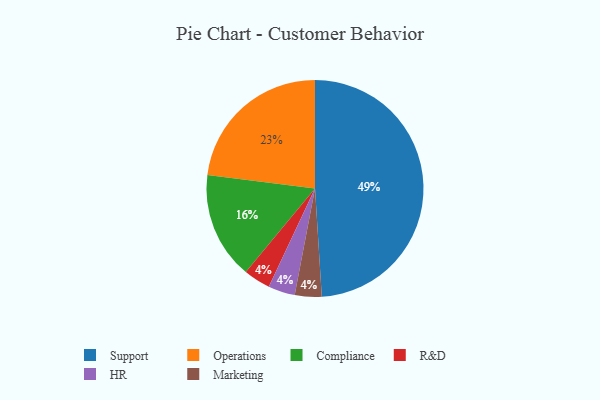
{"axis": {"x": "Category", "y": "Percentage"}, "legend": ["Compliance", "HR", "Marketing", "Operations", "R&D", "Support"], "data": [{"x": "Support", "y": 49, "type": "Support"}, {"x": "Compliance", "y": 16, "type": "Compliance"}, {"x": "R&D", "y": 4, "type": "R&D"}, {"x": "HR", "y": 4, "type": "HR"}, {"x": "Marketing", "y": 4, "type": "Marketing"}, {"x": "Operations", "y": 23, "type": "Operations"}]}